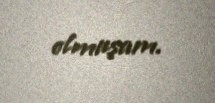
olmuşam.